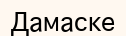
Дамаске